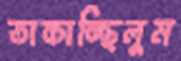
তাকাচ্ছিলুম